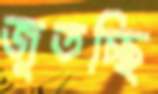
জুতচ্ছি